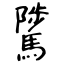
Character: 騭